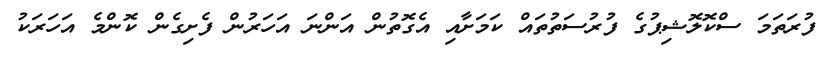
ފުރަތަމަ ސްކޮލޮޝިޕުގެ ފުރުސަތުތައް ކަމަށާއި އެގޮތުން އަންނަ އަހަރުން ފެށިގެން ކޮންމެ އަހަރަކު